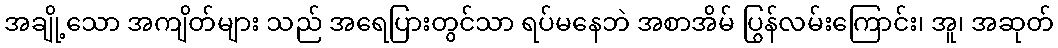
အချို့သော အကျိတ်များ သည် အရေပြားတွင်သာ ရပ်မနေဘဲ အစာအိမ် ပြွန်လမ်းကြောင်း၊ အူ၊ အဆုတ်